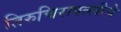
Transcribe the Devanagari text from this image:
तिरुचिरापल्लीचे